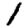
Digit: 1